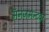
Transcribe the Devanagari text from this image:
मॅनेजमेन्टवर